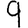
Digit: 9